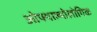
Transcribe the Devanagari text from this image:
ओफ्थाल्मोलोगिक